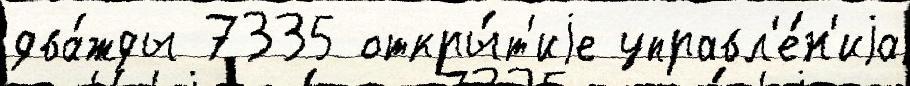
два́жды 7335 откры́т'иjе управл'е́н'иjа